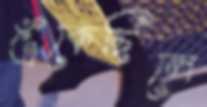
এঁকেছিলে